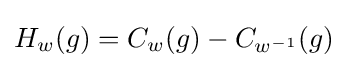
H_{w}(g)=C_{w}(g)-C_{w^{-1}}(g)